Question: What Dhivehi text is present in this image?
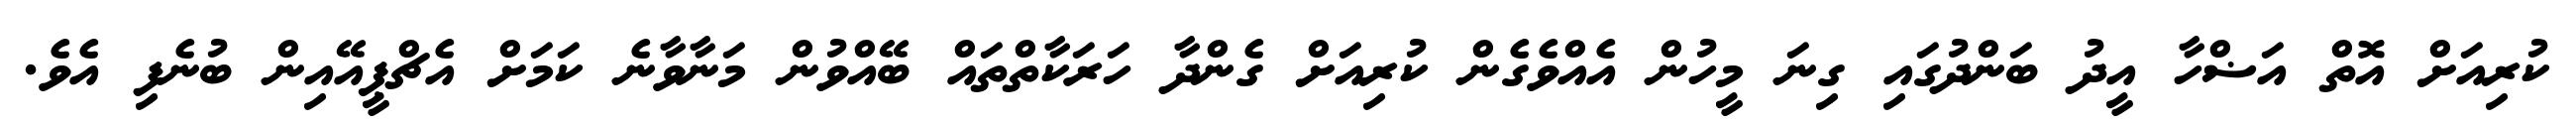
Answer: ކުރިއަށް އޮތް އަޟްހާ އީދު ބަންދުގައި ގިނަ މީހުން އެއްވެގެން ކުރިއަށް ގެންދާ ހަރަކާތްތައް ބޭއްވުން މަނާވާނެ ކަމަށް އެޗްޕީއޭއިން ބުނެފި އެވެ.